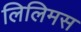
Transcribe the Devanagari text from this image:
लिलिमस